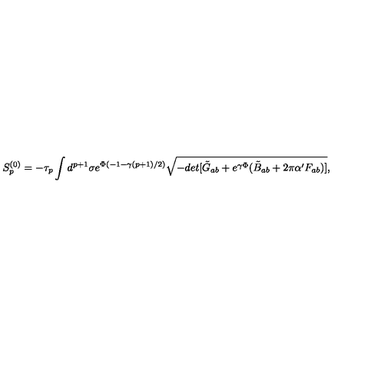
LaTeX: S _ { p } ^ { ( 0 ) } = - \tau _ { p } \int d ^ { p + 1 } \sigma e ^ { \Phi ( - 1 - \gamma ( p + 1 ) / 2 ) } \sqrt { - d e t [ \tilde { G } _ { a b } + e ^ { \gamma \Phi } ( \tilde { B } _ { a b } + 2 \pi \alpha ^ { \prime } F _ { a b } ) ] } ,